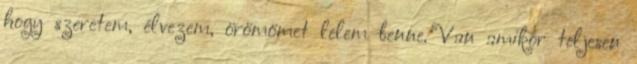
hogy szeretem, élvezem, örömömet lelem benne. Van amikor teljesen